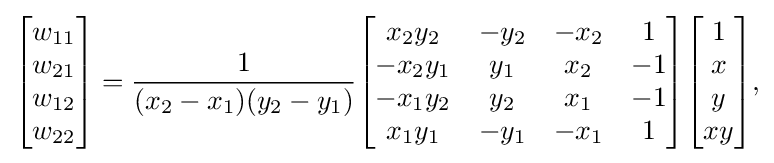
{\begin{aligned}{\begin{bmatrix}w_{11}\\w_{21}\\w_{12}\\w_{22}\end{bmatrix}}={\frac {1}{(x_{2}-x_{1})(y_{2}-y_{1})}}{\begin{bmatrix}x_{2}y_{2}&-y_{2}&-x_{2}&1\\-x_{2}y_{1}&y_{1}&x_{2}&-1\\-x_{1}y_{2}&y_{2}&x_{1}&-1\\x_{1}y_{1}&-y_{1}&-x_{1}&1\end{bmatrix}}{\begin{bmatrix}1\\x\\y\\xy\end{bmatrix}},\end{aligned}}